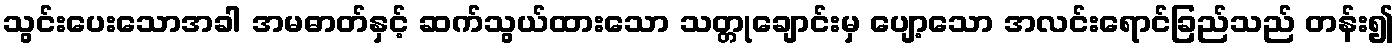
သွင်းပေးသောအခါ အမဓာတ်နှင့် ဆက်သွယ်ထားသော သတ္တုချောင်းမှ ပျော့သော အလင်းရောင်ခြည်သည် တန်း၍